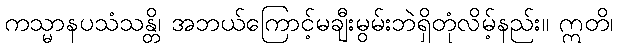
ကသ္မာနပသံသန္တိ၊ အဘယ်ကြောင့်မချီးမွမ်းဘဲရှိတုံလိမ့်နည်း။ ဣတိ၊